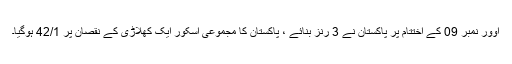
اوور نمبر 09 کے اختتام پر پاکستان نے 3 رنز بنائے ، پاکستان کا مجموعی اسکور ایک کھلاڑی کے نقصان پر 42/1 ہوگیا۔